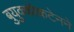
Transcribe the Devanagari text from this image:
बुयुक्कोकटेनने